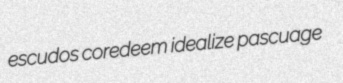
escudos coredeem idealize pascuage